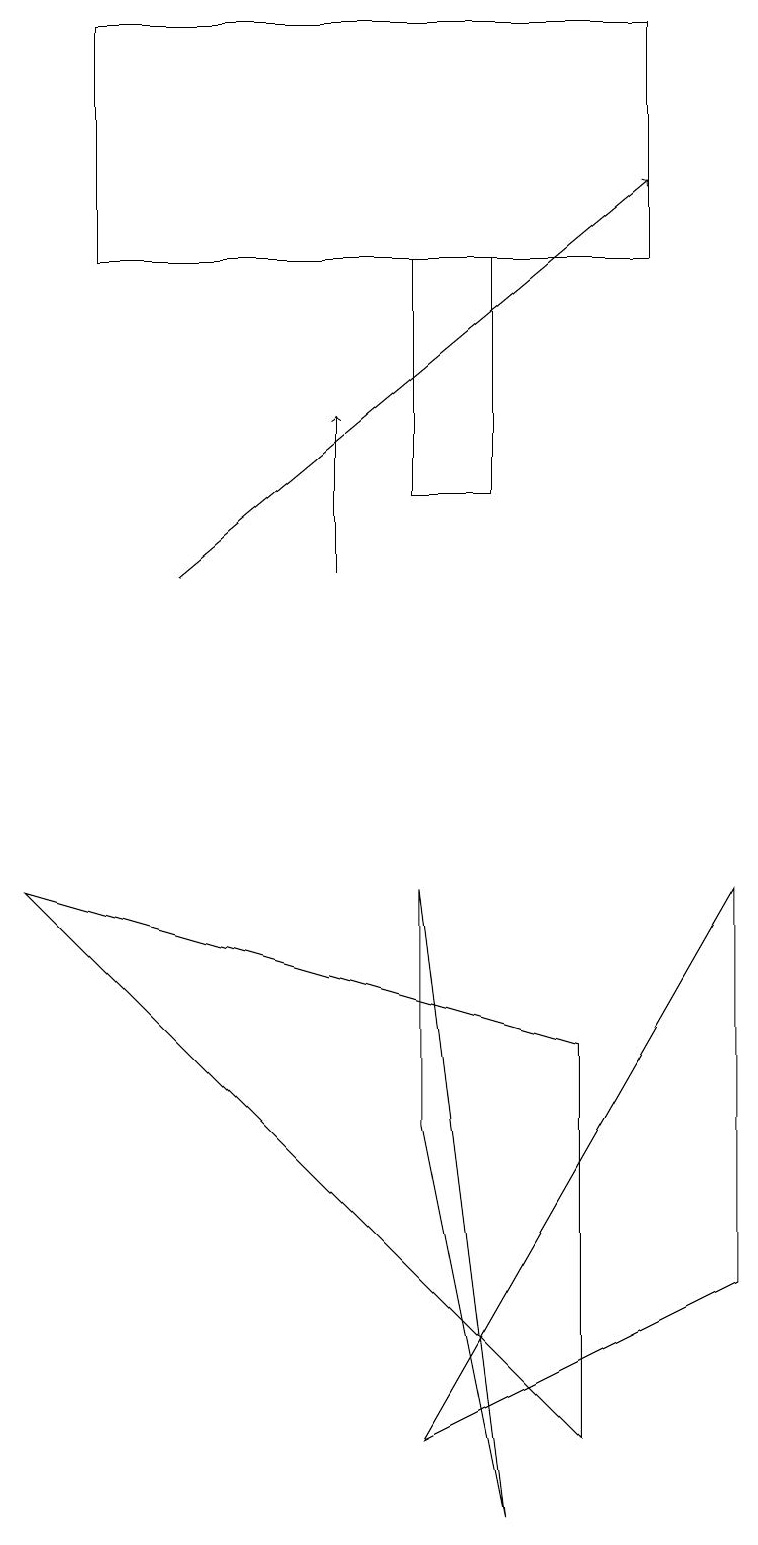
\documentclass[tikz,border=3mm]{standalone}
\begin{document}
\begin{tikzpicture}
\draw (5,13) rectangle (6,16);
\draw[->] (4,12) -- (4,14);
\draw (9,3) -- (5,1) -- (9,8) -- cycle;
\draw[->] (2,12) -- (8,17);
\draw (7,1) -- (7,6) -- (0,8) -- cycle;
\draw (5,8) -- (6,0) -- (5,5) -- cycle;
\draw (1,19) rectangle (8,16);
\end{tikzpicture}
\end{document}